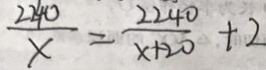
\frac { 2 2 4 0 } { x } = \frac { 2 2 4 0 } { x + 2 0 } + 2